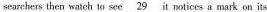
searchers then watch to see \underline { 2 9 } it notices a mark on its